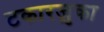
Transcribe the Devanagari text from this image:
टकारज़ुका